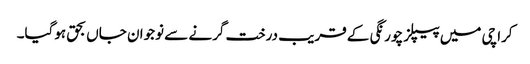
کراچی میں پیپلز چورنگی کے قریب درخت گرنے سے نوجوان جاں بحق ہوگیا۔